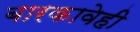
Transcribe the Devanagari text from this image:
बारकावेही